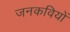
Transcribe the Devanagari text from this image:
जनकवियों